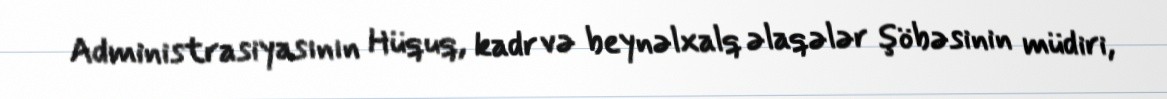
Administrasiyasının Hüquq, kadr və beynəlxalq əlaqələr şöbəsinin müdiri,